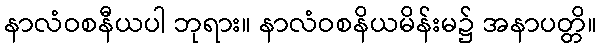
နာလံဝစနီယပါ ဘုရား။ နာလံဝစနိယမိန်းမ၌ အနာပတ္တိ။